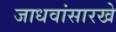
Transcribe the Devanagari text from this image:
जाधवांसारखे